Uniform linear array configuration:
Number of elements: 32
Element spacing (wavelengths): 0.5
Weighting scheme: kaiser
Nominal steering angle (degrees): -45
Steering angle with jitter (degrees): -46.873
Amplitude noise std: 0.05
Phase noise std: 0.05

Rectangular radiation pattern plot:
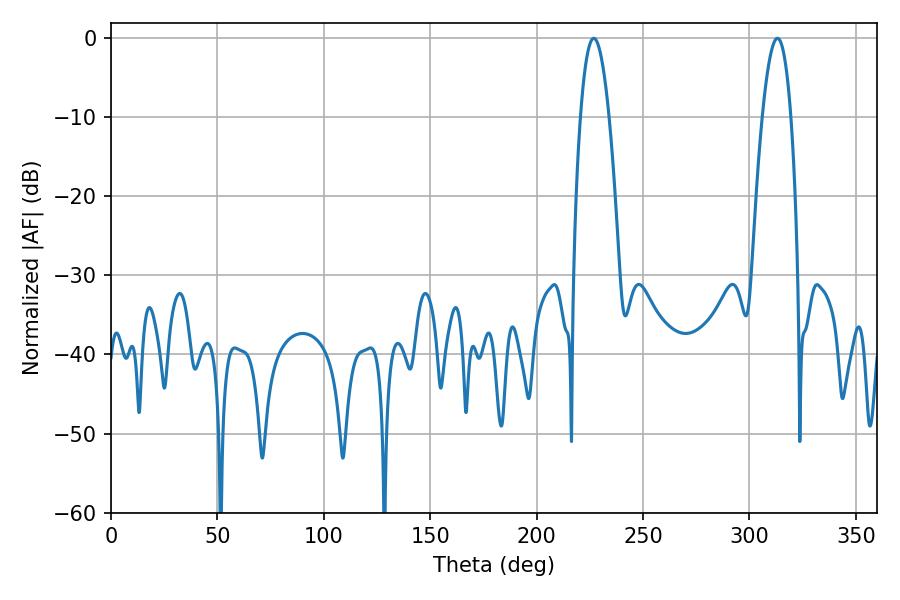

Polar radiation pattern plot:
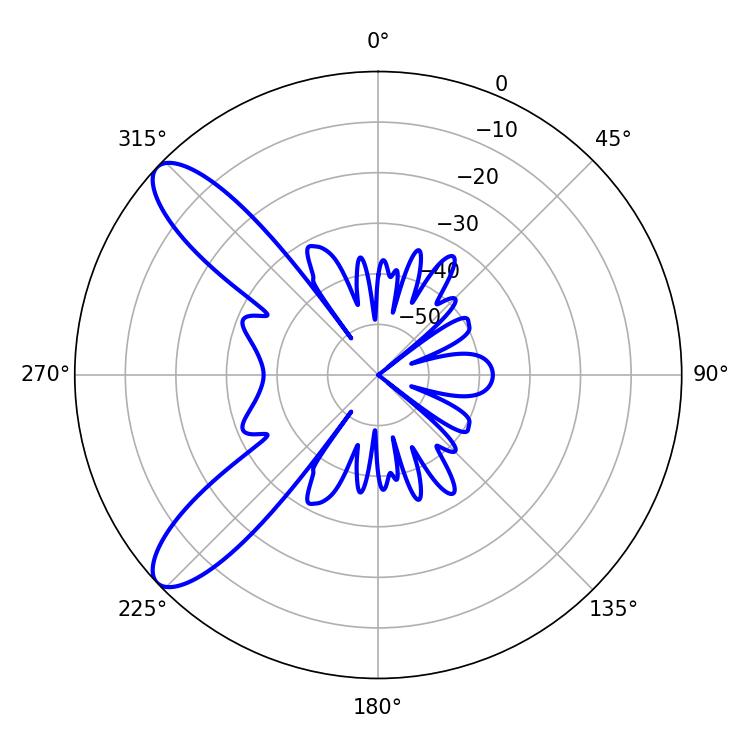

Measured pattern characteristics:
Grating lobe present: FALSE
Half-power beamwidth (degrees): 7.56
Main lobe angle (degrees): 226.8